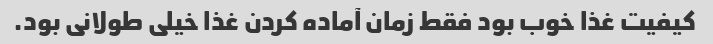
کیفیت غذا خوب بود فقط زمان آماده کردن غذا خیلی طولانی بود.